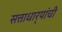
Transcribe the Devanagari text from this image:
सत्ताधार्‍यांची